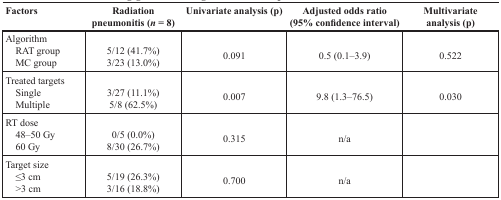
<table><thead><tr><td><b>Factors</b></td><td><b>Radiation pneumonitis (<i>n</i> = 8)</b></td><td><b>Univariate analysis (p)</b></td><td><b>Adjusted odds ratio (95% confidence interval)</b></td><td><b>Multivariate analysis (p)</b></td></tr></thead><tbody><tr><td>Algorithm RAT group MC group</td><td>5/12 (41.7%)3/23 (13.0%)</td><td>0.091</td><td>0.5 (0.1–3.9)</td><td>0.522</td></tr><tr><td>Treated targets Single Multiple</td><td>3/27 (11.1%)5/8 (62.5%)</td><td>0.007</td><td>9.8 (1.3–76.5)</td><td>0.030</td></tr><tr><td>RT dose 48–50 Gy 60 Gy</td><td>0/5 (0.0%)8/30 (26.7%)</td><td>0.315</td><td>n/a</td><td></td></tr><tr><td>Target size ≤3 cm &gt;3 cm</td><td>5/19 (26.3%)3/16 (18.8%)</td><td>0.700</td><td>n/a</td><td></td></tr></tbody></table>